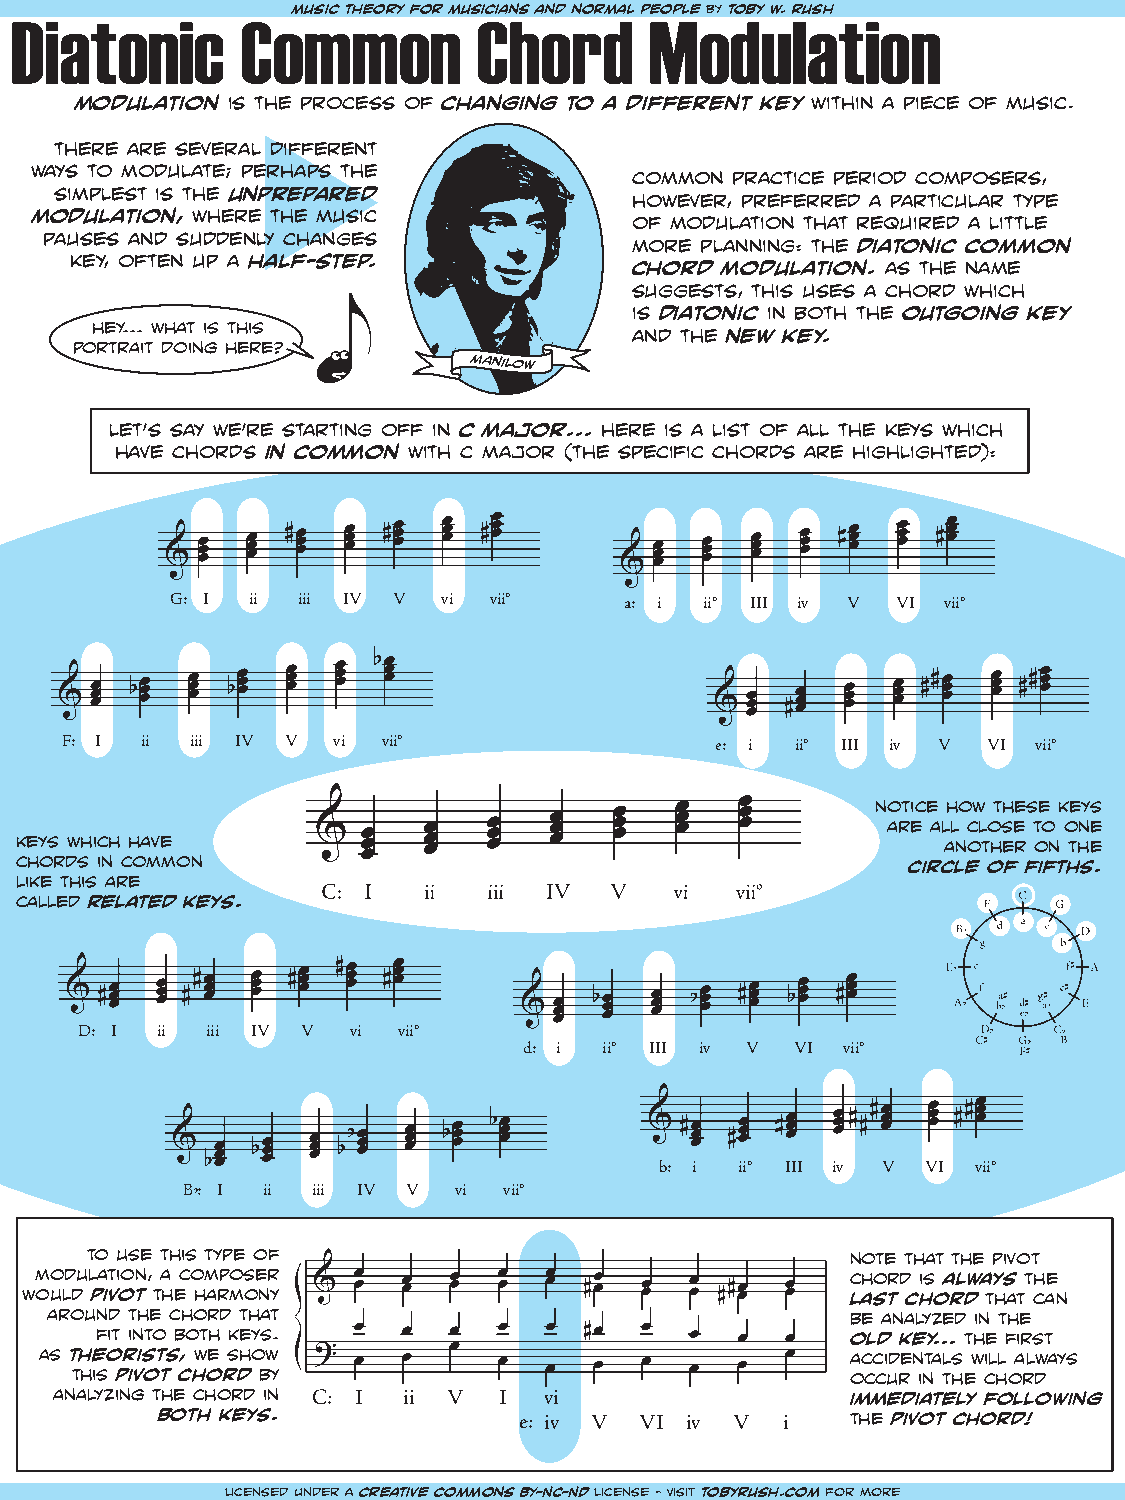
Diatonic       Commusic tmheoryo fonr m usCiciahns aond rnordmal pMeopleo by tdobyu w. lruashtion
 modulation is the process of changing to a different key within a piece of music.
 there are several different
 ways to modulate; perhaps the
 common practice period composers,
 simplest is the unprepared            however, preferred a particular type
 modulation, where the music             of modulation that required a little
 pauses and suddenly changes
 more planning: the diatonic common
 key, often up a half-step.           chord modulation. as the name
 suggests, this uses a chord which
 is diatonic in both the outgoing key
 hey... what is this
 and the new key.
 portrait doing here?
 manilow
 let’s say we’re starting off in c major... here is a list of all the keys which
 have chords in common with c major (the specific chords are highlighted):
 G: I ii  iii IV V vi vii°     a: i  ii° III iv V VI vii°
 F: I ii  iii IV V vi vii°                  e: i  ii° III iv V VI vii°
 notice how these keys
 are all close to one
 keys which have                                               another on the
 chords in common
 circle of fifths.
 like this are
 called related keys.
 D: I ii  iii IV V vi vii°
 d: i ii° III iv V VI vii°
 b: i ii° III iv V VI vii°
 B : I ii iii IV V vi vii°
 b
 to use this type of                               note that the pivot
 modulation, a composer                                chord is always the
 would pivot the harmony                                last chord that can
 around the chord that                                be analyzed in the
 fit into both keys.                               old key... the first
 As theorists, we show                                accidentals will always
 this pivot chord by                                occur in the chord
 analyzing the chord in C: I ii V I vi               immediately following
 both keys.              e: iv V VI iv  V  i   the pivot chord!
 licensed under a creative commons BY-NC-ND license - visit tobyrush.com for more